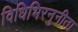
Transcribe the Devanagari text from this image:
विधिभिरनुनीता